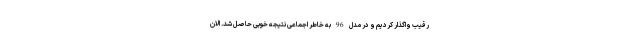
رقیب واگذار کردیم و در مدل 96 به خاطر اجماعی نتیجه خوبی حاصل شد. الان